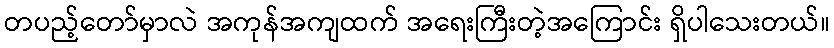
တပည့်တော်မှာလဲ အကုန်အကျထက် အရေးကြီးတဲ့အကြောင်း ရှိပါသေးတယ်။